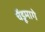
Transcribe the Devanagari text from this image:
चेंडूमागे